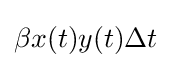
\beta x(t)y(t)\Delta t